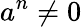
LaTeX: a^{n}\neq 0